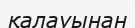
қалауынан